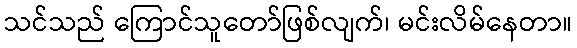
သင်သည် ကြောင်သူတော်ဖြစ်လျက်၊ မင်းလိမ်နေတာ။